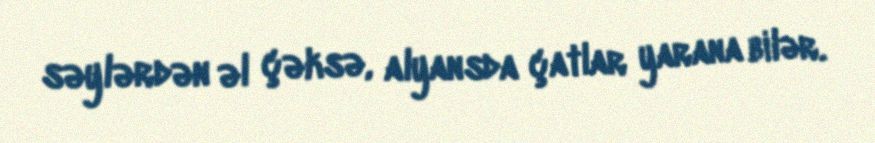
səylərdən əl çəksə, alyansda çatlar yarana bilər.